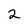
Character: 2